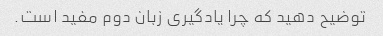
توضیح دهید که چرا یادگیری زبان دوم مفید است.